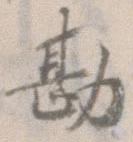
勘